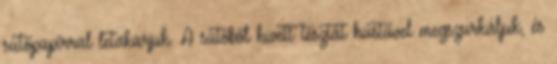
sütőpapírral letakarjuk. A sütőből kivett tésztát hústűvel megszurkáljuk, és